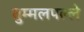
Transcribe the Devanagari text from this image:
तुम्मलपल्ले